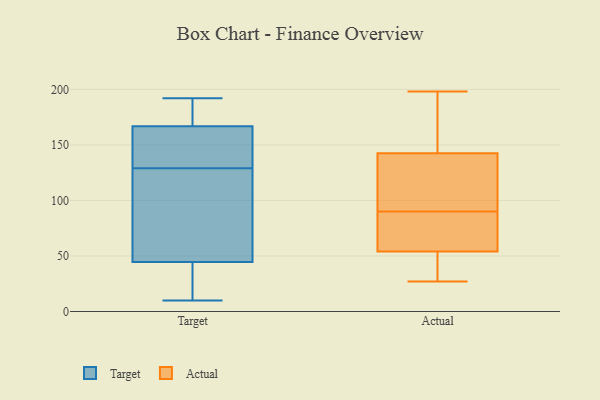
{"axis": {"x": "Temperature (°C)", "y": "Value"}, "legend": ["Actual", "Target"], "data": [{"x": "", "y": 166, "type": "Target"}, {"x": "", "y": 87, "type": "Target"}, {"x": "", "y": 108, "type": "Target"}, {"x": "", "y": 131, "type": "Target"}, {"x": "", "y": 40, "type": "Target"}, {"x": "", "y": 170, "type": "Target"}, {"x": "", "y": 28, "type": "Target"}, {"x": "", "y": 53, "type": "Target"}, {"x": "", "y": 14, "type": "Target"}, {"x": "", "y": 134, "type": "Target"}, {"x": "", "y": 169, "type": "Target"}, {"x": "", "y": 178, "type": "Target"}, {"x": "", "y": 129, "type": "Target"}, {"x": "", "y": 46, "type": "Target"}, {"x": "", "y": 10, "type": "Target"}, {"x": "", "y": 159, "type": "Target"}, {"x": "", "y": 192, "type": "Target"}, {"x": "", "y": 77, "type": "Actual"}, {"x": "", "y": 151, "type": "Actual"}, {"x": "", "y": 127, "type": "Actual"}, {"x": "", "y": 103, "type": "Actual"}, {"x": "", "y": 72, "type": "Actual"}, {"x": "", "y": 62, "type": "Actual"}, {"x": "", "y": 165, "type": "Actual"}, {"x": "", "y": 198, "type": "Actual"}, {"x": "", "y": 46, "type": "Actual"}, {"x": "", "y": 27, "type": "Actual"}, {"x": "", "y": 134, "type": "Actual"}, {"x": "", "y": 40, "type": "Actual"}]}